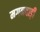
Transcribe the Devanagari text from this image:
मगनवाड़ी